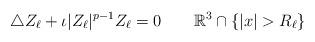
LaTeX: \begin{align*}\triangle Z_{\ell} + \iota |Z_{\ell}|^{p-1} Z_{\ell} = 0 \quad\quad\mathbb{R}^{3} \cap \{ |x|>R_{\ell}\}\end{align*}